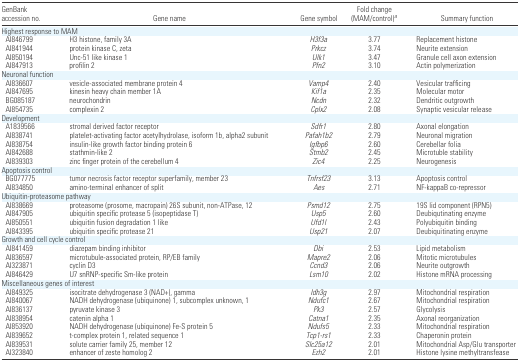
<table><thead><tr><td><b>GenBank accession no.</b></td><td><b>Gene name</b></td><td><b>Gene symbol</b></td><td><b>Fold change (MAM/control)a</b></td><td><b>Summary function</b></td></tr></thead><tbody><tr><td colspan="5">Highest response to MAM</td></tr><tr><td>AI846799</td><td>H3 histone, family 3A</td><td><i>H3f3a</i></td><td>3.77</td><td>Replacement histone</td></tr><tr><td> AI841944</td><td>protein kinase C, zeta</td><td><i>Prkcz</i></td><td>3.74</td><td>Neurite extension</td></tr><tr><td>AI850194</td><td>Unc-51 like kinase 1</td><td><i>Ulk1</i></td><td>3.47</td><td>Granule cell axon extension</td></tr><tr><td>AI847913</td><td>profilin 2</td><td><i>Pfn2</i></td><td>3.10</td><td>Actin polymerization</td></tr><tr><td colspan="5">Neuronal function</td></tr><tr><td>AI836607</td><td>vesicle-associated membrane protein 4</td><td><i>Vamp4</i></td><td>2.40</td><td>Vesicular trafficing</td></tr><tr><td>AI847695</td><td>kinesin heavy chain member 1A</td><td><i>Kif1a</i></td><td>2.35</td><td>Molecular motor</td></tr><tr><td>BG085187</td><td>neurochondrin</td><td><i>Ncdn</i></td><td>2.32</td><td>Dendritic outgrowth</td></tr><tr><td>AI854735</td><td>complexin 2</td><td><i>Cplx2</i></td><td>2.08</td><td>Synaptic vesicular release</td></tr><tr><td colspan="5">Development</td></tr><tr><td>A1839566</td><td>stromal derived factor receptor</td><td><i>Sdfr1</i></td><td>2.80</td><td>Axonal elongation</td></tr><tr><td>AI838741</td><td>platelet-activating factor acetylhydrolase, isoform 1b, alpha2 subunit</td><td><i>Pafah1b2</i></td><td>2.79</td><td>Neuronal migration</td></tr><tr><td>AI838754</td><td>insulin-like growth factor binding protein 6</td><td><i>Igfbp6</i></td><td>2.60</td><td>Cerebellar folia</td></tr><tr><td>AI842688</td><td>stathmin-like 2</td><td><i>Stmb2</i></td><td>2.45</td><td>Microtuble stability</td></tr><tr><td>AI839303</td><td>zinc finger protein of the cerebellum 4</td><td><i>Zic4</i></td><td>2.25</td><td>Neurogenesis</td></tr><tr><td colspan="5">Apoptosis control</td></tr><tr><td>BG077775</td><td>tumor necrosis factor receptor superfamily, member 23</td><td><i>Tnfrsf23</i></td><td>3.13</td><td>Apoptosis control</td></tr><tr><td>AI834850</td><td>amino-terminal enhancer of split</td><td><i>Aes</i></td><td>2.71</td><td>NF-kappaB co-repressor</td></tr><tr><td colspan="5">Ubiquitin-proteasome pathway</td></tr><tr><td>AI838669</td><td>proteasome (prosome, macropain) 26S subunit, non-ATPase, 12</td><td><i>Psmd12</i></td><td>2.75</td><td>19S lid component (RPN5)</td></tr><tr><td>AI847905</td><td>ubiquitin specific protease 5 (isopeptidase T)</td><td><i>Usp5</i></td><td>2.60</td><td>Deubiqutinating enzyme</td></tr><tr><td>AI850551</td><td>ubiquitin fusion degradation 1 like</td><td><i>Ufd1l</i></td><td>2.43</td><td>Polyubiquitin binding</td></tr><tr><td>AI843395</td><td>ubiquitin specific protease 21</td><td><i>Usp21</i></td><td>2.07</td><td>Deubiquitinating enzyme</td></tr><tr><td colspan="5">Growth and cell cycle control</td></tr><tr><td>AI841459</td><td>diazepam binding inhibitor</td><td><i>Dbi</i></td><td>2.53</td><td>Lipid metabolism</td></tr><tr><td>AI836597</td><td>microtubule-associated protein, RP/EB family</td><td><i>Mapre2</i></td><td>2.06</td><td>Mitotic microtubules</td></tr><tr><td>AI323871</td><td>cyclin D3</td><td><i>Ccnd3</i></td><td>2.06</td><td>Neurite outgrowth</td></tr><tr><td>AI846429</td><td>U7 snRNP-specific Sm-like protein</td><td><i>Lsm10</i></td><td>2.02</td><td>Histone mRNA processing</td></tr><tr><td colspan="5">Miscellaneous genes of interest</td></tr><tr><td>AI849325</td><td>isocitrate dehydrogenase 3 (NAD+), gamma</td><td><i>Idh3g</i></td><td>2.97</td><td>Mitochondrial respiration</td></tr><tr><td>AI840067</td><td>NADH dehydrogenase (ubiquinone) 1, subcomplex unknown, 1</td><td><i>Ndufc1</i></td><td>2.67</td><td>Mitochondrial respiration</td></tr><tr><td>AI836137</td><td>pyruvate kinase 3</td><td><i>Pk3</i></td><td>2.57</td><td>Glycolysis</td></tr><tr><td>AI838954</td><td>catenin alpha 1</td><td><i>Catna1</i></td><td>2.35</td><td>Axonal reorganization</td></tr><tr><td>AI853920</td><td>NADH dehydrogenase (ubiquinone) Fe-S protein 5</td><td><i>Ndufs5</i></td><td>2.33</td><td>Mitochondrial respiration</td></tr><tr><td>AI839652</td><td>t-complex protein 1, related sequence 1</td><td><i>Tcp1-rs1</i></td><td>2.33</td><td>Chaperonin protein</td></tr><tr><td>AI839531</td><td>solute carrier family 25, member 12</td><td><i>Slc25a12</i></td><td>2.01</td><td>Mitochondrial Asp/Glu transporter</td></tr><tr><td>AI323840</td><td>enhancer of zeste homolog 2</td><td><i>Ezh2</i></td><td>2.01</td><td>Histone lysine methyltransfease</td></tr></tbody></table>